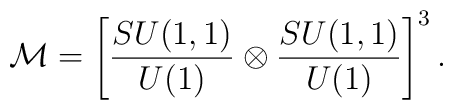
{\cal M}=\left[{SU(1,1)\over U(1)}\otimes {SU(1,1)\over U(1)}\right]^3.